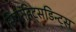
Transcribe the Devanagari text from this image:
सिचरहिट्सडिन्ट्स